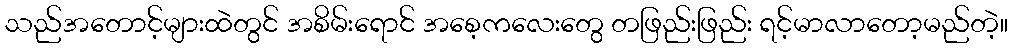
သည်အတောင့်များထဲတွင် အစိမ်းရောင် အစေ့ကလေးတွေ တဖြည်းဖြည်း ရင့်မာလာတော့မည်တဲ့။